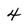
Character: 4